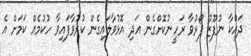
ދައްކާ ނުފޫޒު ފޯރުވާ ރަހީނުކޮށްގެން އަދި އޮޅުވާލައިގެން ކުރުވާފައިވާ ހުކުމެއް ކަމަށް އެ